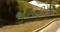
એસડીડી